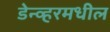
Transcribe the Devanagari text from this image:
डेन्व्हरमधील